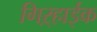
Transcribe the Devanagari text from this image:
गिऱ्हाईक